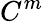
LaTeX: C^{m}